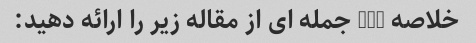
خلاصه 3-5 جمله ای از مقاله زیر را ارائه دهید: